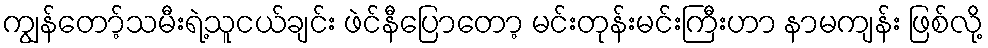
ကျွန်တော့်သမီးရဲ့သူငယ်ချင်း ဖဲင်နီပြောတော့ မင်းတုန်းမင်းကြီးဟာ နာမကျန်း ဖြစ်လို့